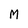
Character: M